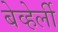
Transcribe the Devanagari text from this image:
बेव्हेर्ली